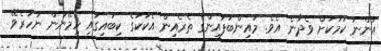
އަންނަ ކަމަކަށް ވެދާނެ އެވެ. މައިންބަފައިންގެ ތެރެއިން އެކަކުގެ ކިބައިގައި ހިމޭނުން ނުހުރެވޭ